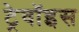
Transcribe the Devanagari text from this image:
ट्रेवॉइस